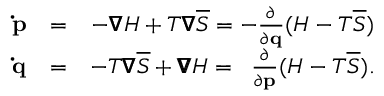
\begin{array} { r l r } { \mathbf { \dot { p } } } & { = } & { - \pmb { \nabla } H + T \pmb { \nabla } \overline { { S } } = - \frac { \partial } { \partial \mathbf { q } } ( H - T \overline { { S } } ) } \\ { \mathbf { \dot { q } } } & { = } & { - T \pmb { \nabla } \overline { { S } } + \pmb { \nabla } H = \; \; \frac { \partial } { \partial \mathbf { p } } ( H - T \overline { { S } } ) . } \end{array}